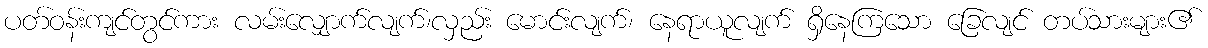
ပတ်ဝန်းကျင်တွင်ကား လမ်းလျှောက်လျက်၊လှည်း မောင်းလျက်၊ နေရာယူလျက် ရှိနေကြသော ခြေလျင် တပ်သားများ၏